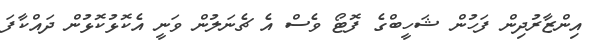
އިންޒާރުދިން ފަހުން ޝަހީބްގެ ފޮޓޯ ވެސް އެ ޗެނަލުން ވަނީ އެކޮޅުކޮޅުން ދައްކާފަ